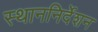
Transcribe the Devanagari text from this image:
स्थाननिर्देशन